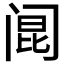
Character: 𰿲